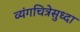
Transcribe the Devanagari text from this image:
व्यंगचित्रेसुध्दा